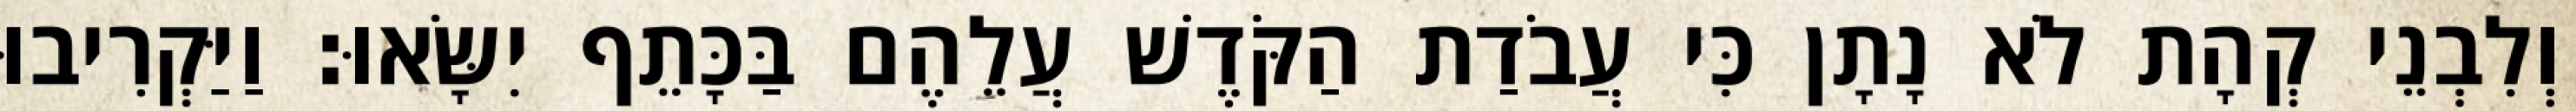
וְלִבְנֵי קְהָת לֹא נָתָן כִּי עֲבֹדַת הַקֹּדֶשׁ עֲלֵהֶם בַּכָּתֵף יִשָּׂאוּ׃ וַיַּקְרִיבוּ